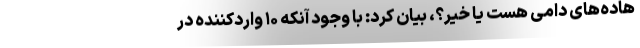
هاده‌های دامی هست یا خیر؟، بیان کرد: با وجود آنکه ۱۰ واردکننده در